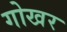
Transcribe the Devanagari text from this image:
गोखर